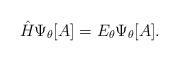
LaTeX: \begin{align*}{\hat H}\Psi_\theta[A]= E_\theta\Psi_\theta[A].\end{align*}